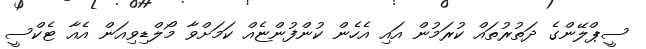
ސީޕްލޭންގެ ދަތުރުތައް ކުރަމުން އައި އެހެން ކުންފުންޏެއް ކަމަށްވާ މޯލްޑިވިއަން އެއާ ޓެކްސީ